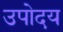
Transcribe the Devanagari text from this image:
उपोदय